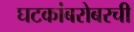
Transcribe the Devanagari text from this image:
घटकांबरोबरची